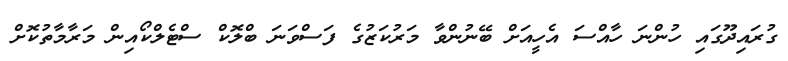
ގުރައިދޫގައި ހުންނަ ހާއްސަ އެހީއަށް ބޭނުންވާ މަރުކަޒުގެ ފަސްވަނަ ބްލޮކް ސްޓެލްކޯއިން މަރާމާތުކޮށް